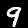
Label: 9